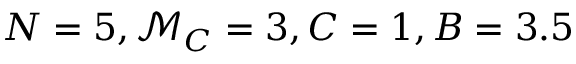
N = 5 , \mathcal { M } _ { C } = 3 , C = 1 , B = 3 . 5